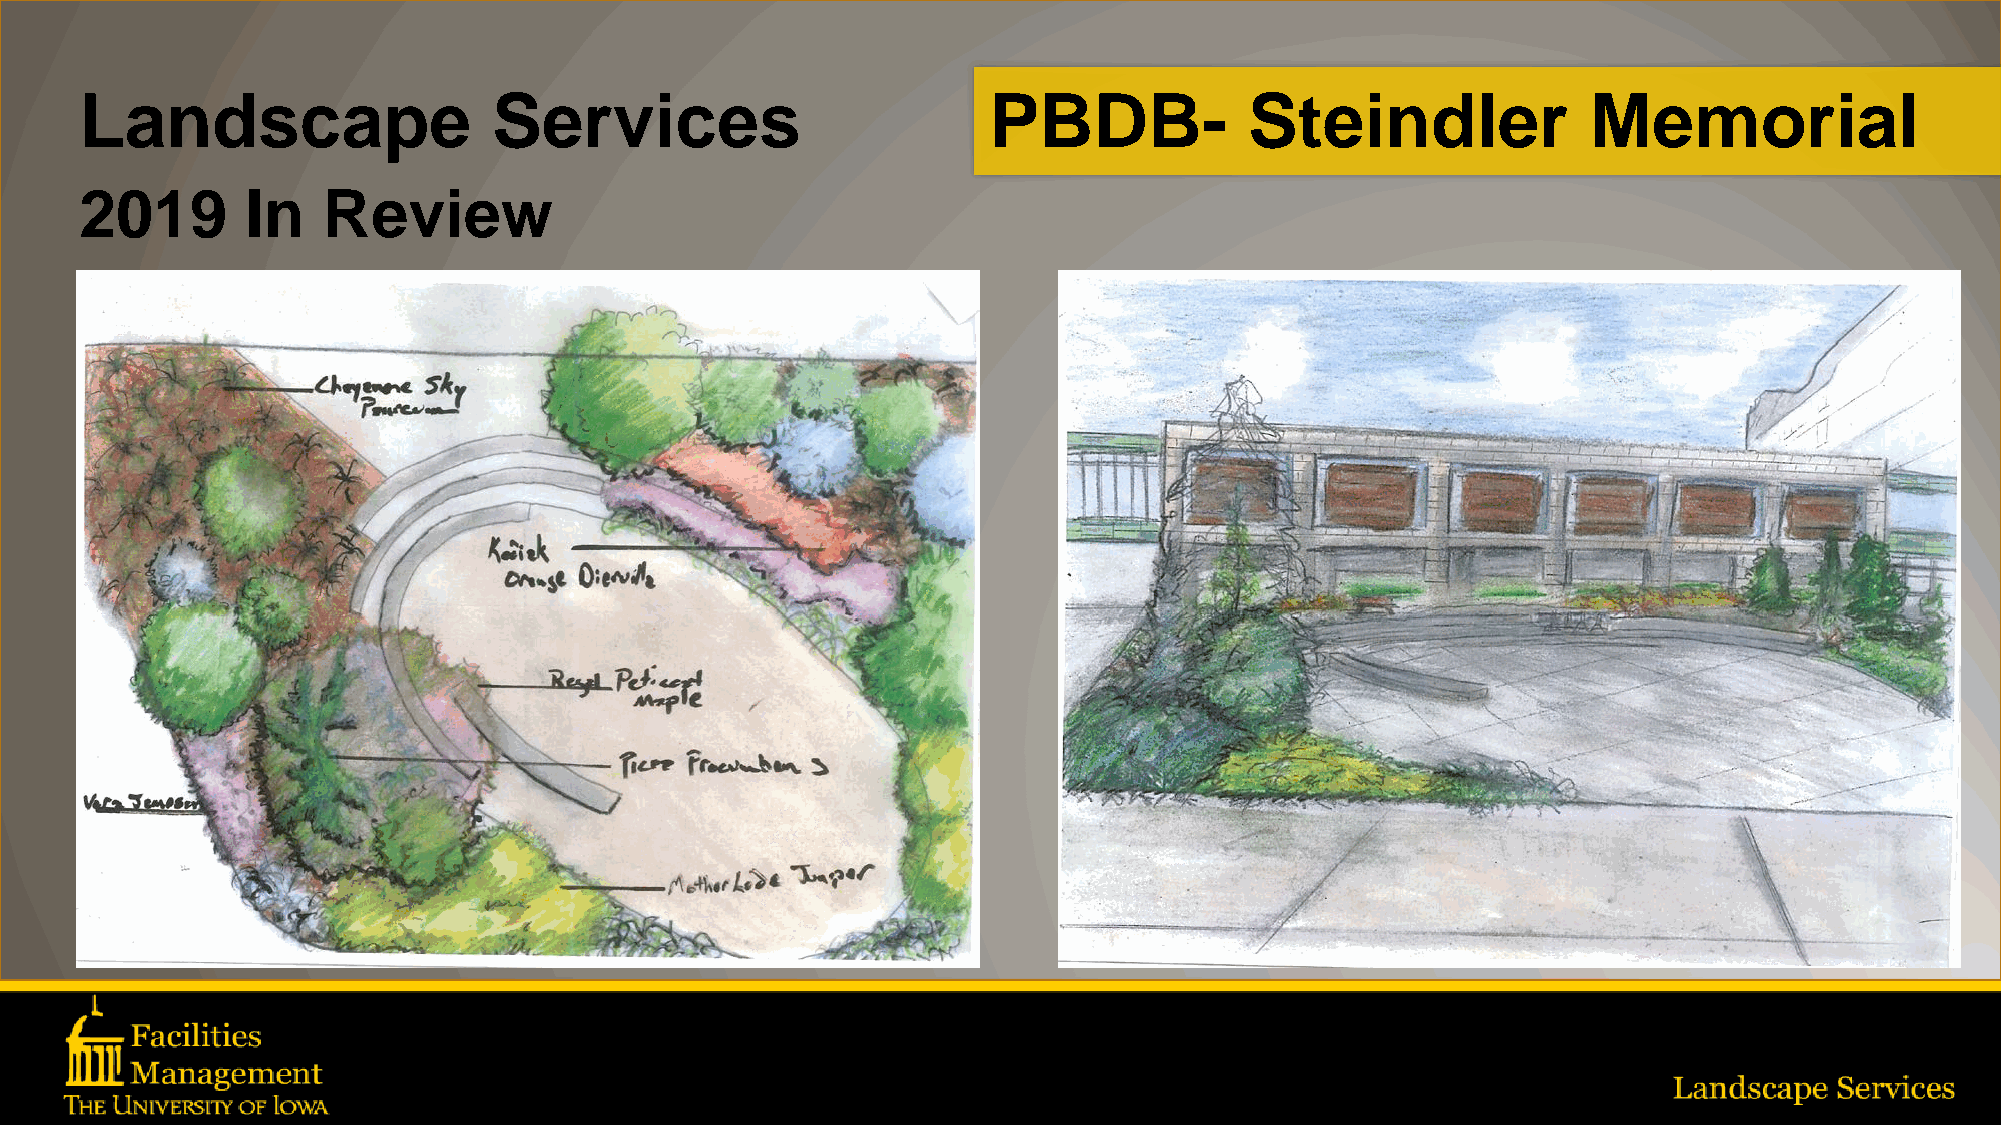
Landscape                   Services                        PBDB-             Steindler             Memorial
 2019       In   Review